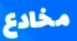
مخادع